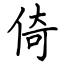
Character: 倚